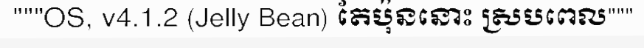
"""OS, v4.1.2 (Jelly Bean) តែប៉ុននោះ ស្របពេល"""